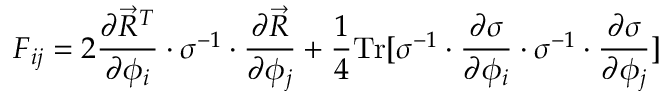
\boldsymbol { F } _ { i j } = 2 \frac { \partial \vec { R } ^ { T } } { \partial \phi _ { i } } \cdot \boldsymbol { \sigma } ^ { - 1 } \cdot \frac { \partial \vec { R } } { \partial \phi _ { j } } + \frac { 1 } { 4 } \mathrm { T r } [ \boldsymbol { \sigma } ^ { - 1 } \cdot \frac { \partial \boldsymbol { \sigma } } { \partial \phi _ { i } } \cdot \boldsymbol { \sigma } ^ { - 1 } \cdot \frac { \partial \boldsymbol { \sigma } } { \partial \phi _ { j } } ]